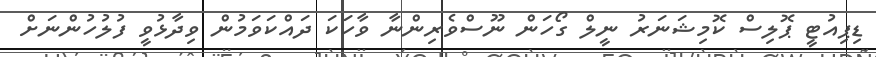
ޑިޕިއުޓީ ޕޮލިސް ކޮމިޝަނަރު ނީލް ގޯހަން ނޫސްވެރިންނާ ވާހަކަ ދައްކަވަމުން ވިދާޅުވީ ފުލުހުންނަށް